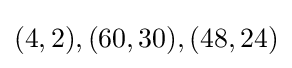
(4,2),(60,30),(48,24)